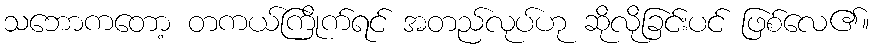
သဘောကတော့ တကယ်ကြိုက်ရင် အတည်လုပ်ဟု ဆိုလိုခြင်းပင် ဖြစ်လေ၏။